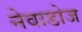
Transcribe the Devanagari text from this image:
नेवाडोज